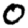
Digit: 0